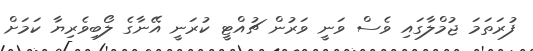
ފުރަތަމަ ޖުމްލާގައި ވެސް ވަނީ ވަރުން ޗުއްޓީ ކުރަނީ އޭނާގެ ލޯބިވެރިޔާ ކަމަށް